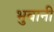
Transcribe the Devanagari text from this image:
भुवानी